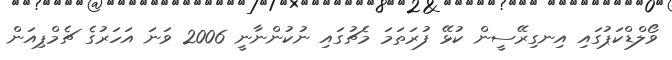
ވޯލްޑްކަޕުގައި އިނގިރޭސީން ކުޅޭ ފުރަތަމަ މެޗުގައި ނުކުންނާނީ 2006 ވަނަ އަހަރުގެ ޗެމްޕިއަން